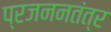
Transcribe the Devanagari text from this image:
प्रजननतंत्र